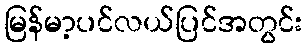
မြန်မာ့ပင်လယ်ပြင်အတွင်း